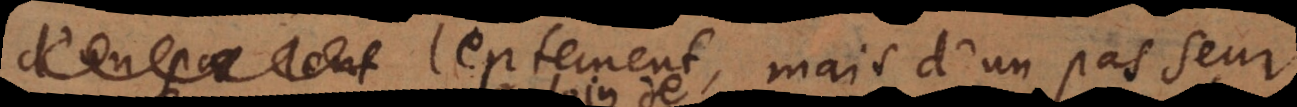
r lentement, mais d’un pas seur